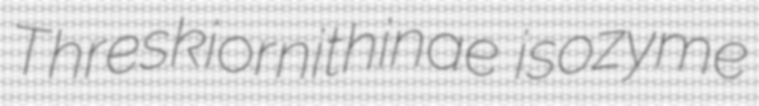
Threskiornithinae isozyme